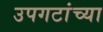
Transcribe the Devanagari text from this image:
उपगटांच्या